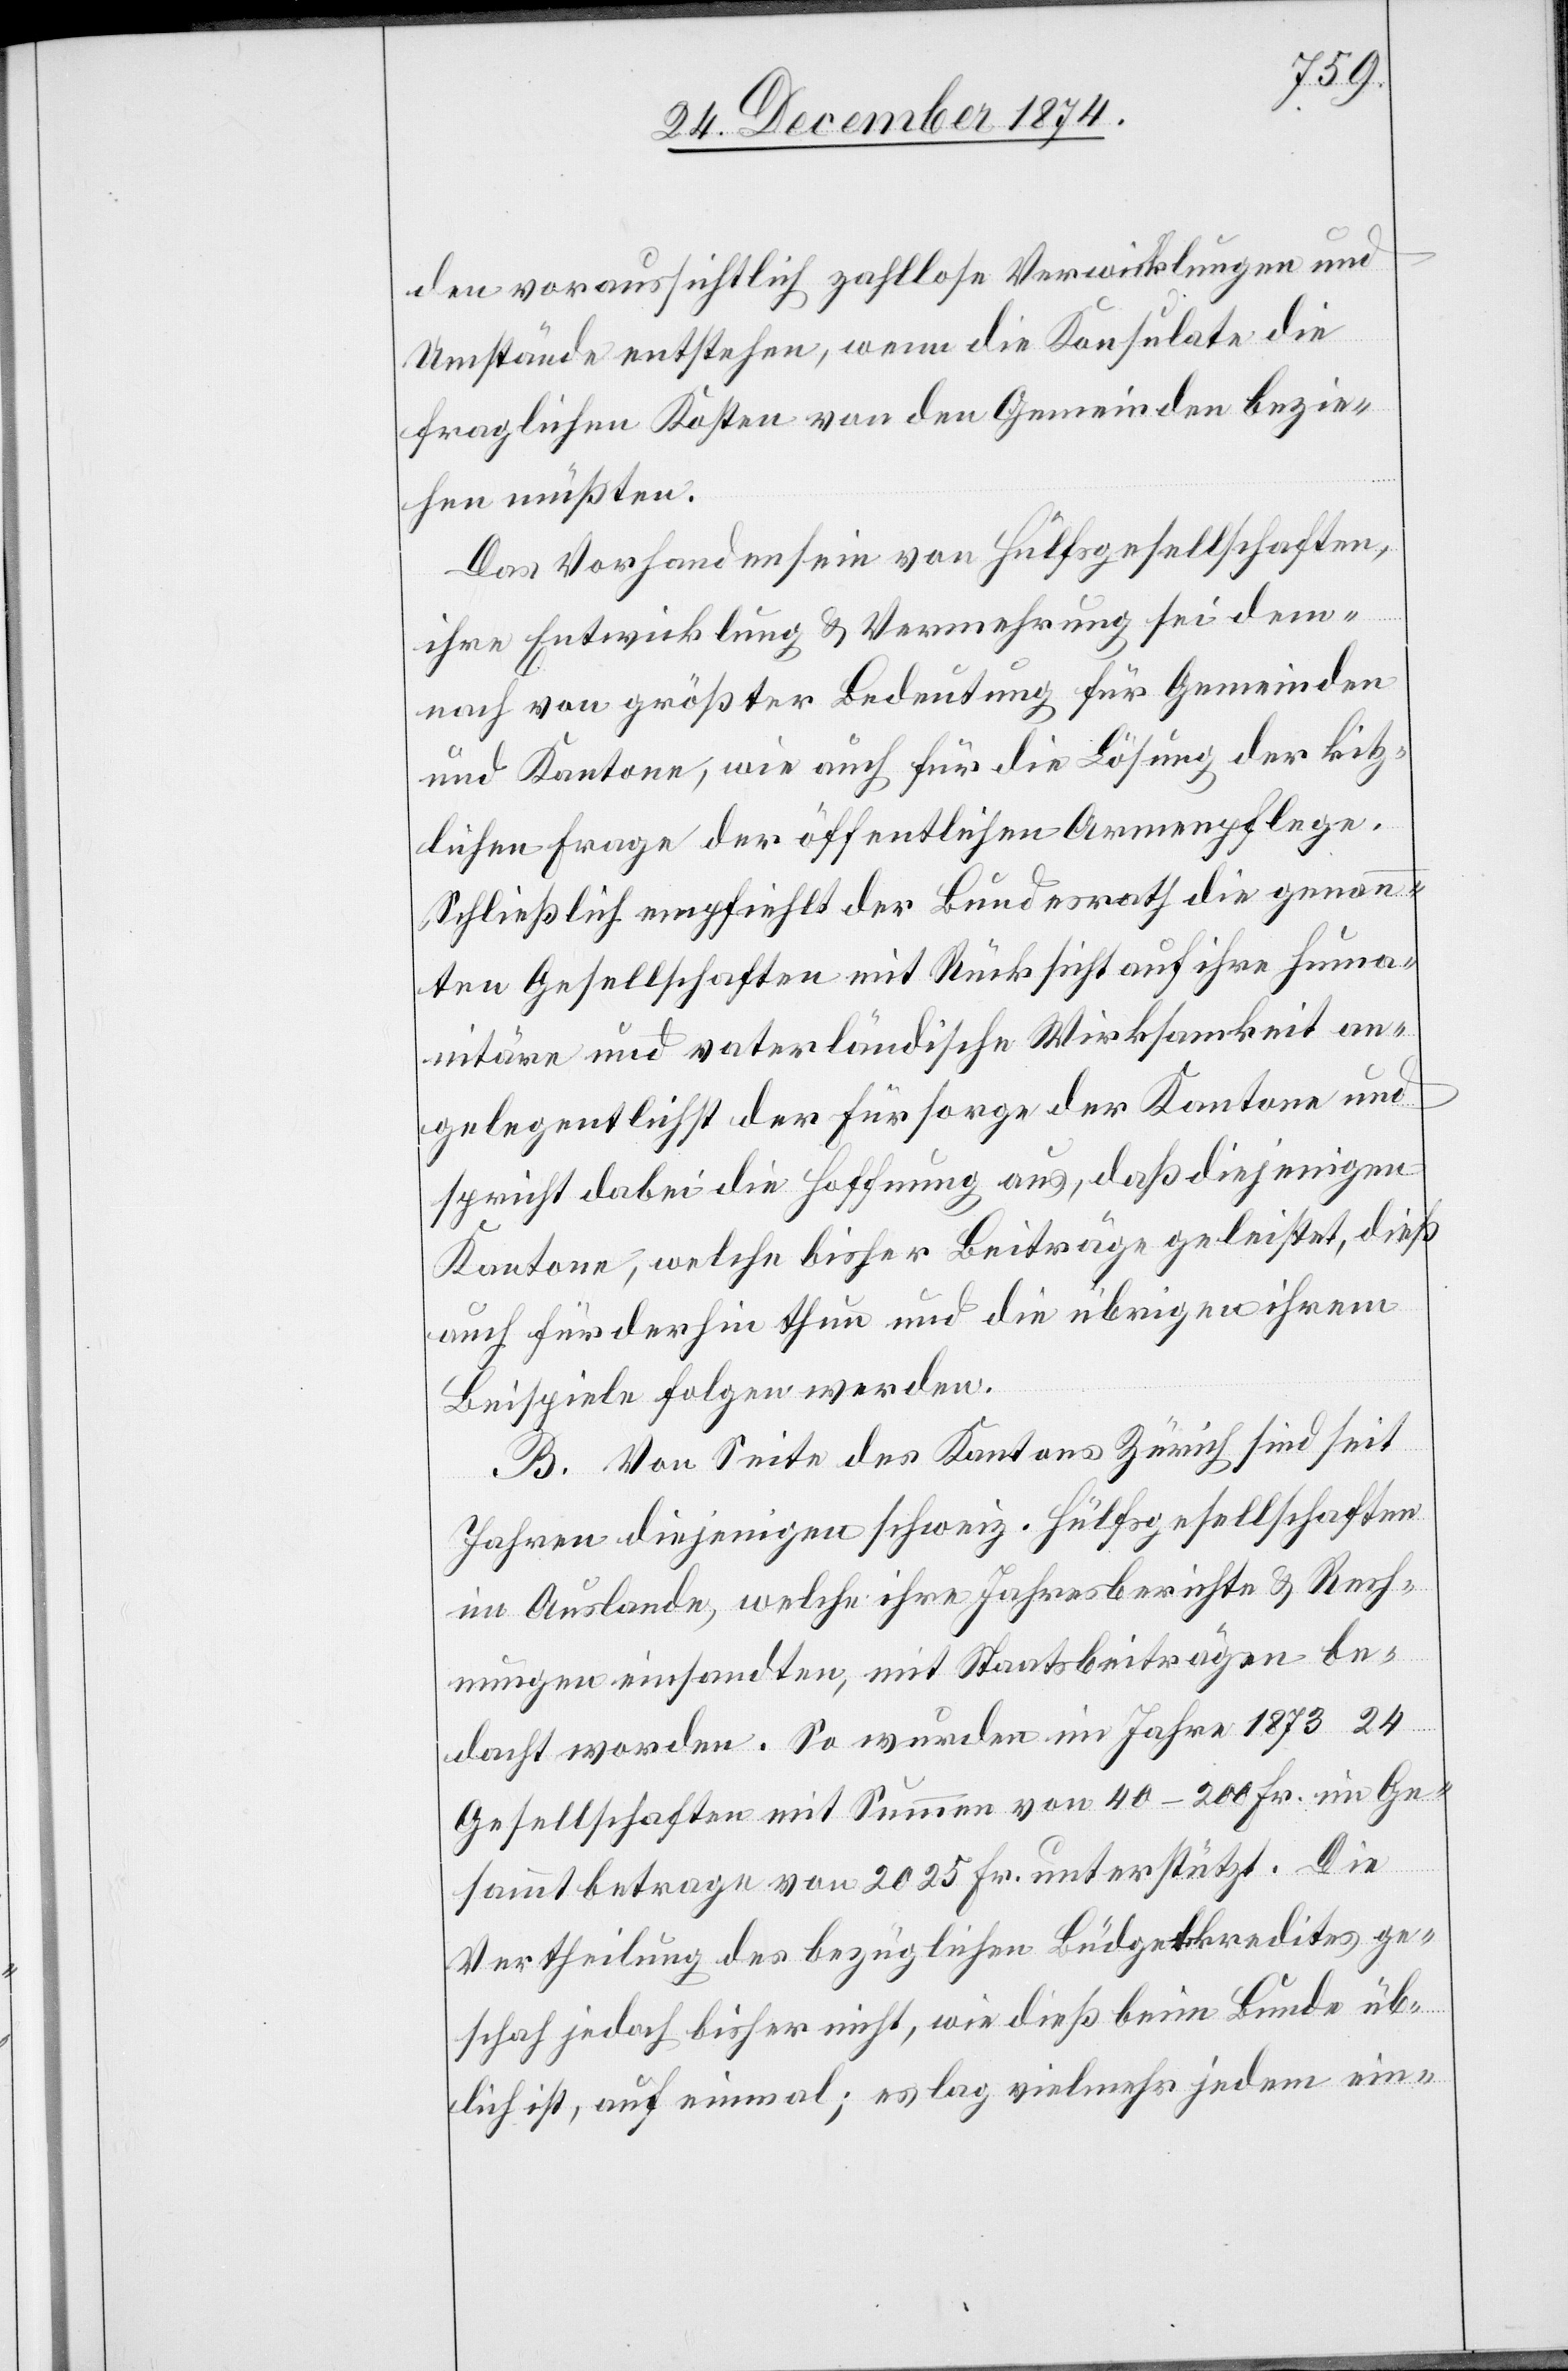
lichen
den voraussichtlich zahllose Verwicklungen und
Umstände entstehen, wenn die Konsulate die
fraglichen Kosten von den Gemeinden bezie¬
hen müßten.
Das Vorhandensein von Hülfsgesellschaften,
ihre Entwicklung & Vermehrung sei dem¬
nach von größter Bedeutung für Gemeinden
und Kantone, wie auch für die Lösung der kitz¬
[sic!] Frage der öffentlichen Armenpflege.
Schließlich empfiehlt der Bundesrath die genann¬
ten Gesellschaften mit Rücksicht auf ihre huma¬
nitäre und vaterländische Wirksamkeit an¬
gelegentlichst der Fürsorge der Kantone und
spricht dabei die Hoffnung aus, daß diejenigen
Kantone, welche bisher Beiträge geleistet, dieß
auch fürderhin thun und die übrigen ihrem
Beispiele folgen werden.
B. Von Seite des Kantons Zürich sind seit
Jahren diejenigen schweiz. Hülfsgesellschaften
im Auslande, welche ihre Jahresberichte & Rech¬
nungen einsandten, mit Staatsbeiträgen be¬
dacht worden. So wurden im Jahre 1873 24
Gesellschaften mit Summen von 40–200 Fr. im Ge¬
sammtbetrage von 2025 Fr. unterstützt. Die
Vertheilung des bezüglichen Büdgetkredites ge¬
schah jedoch bisher nicht, wie dieß beim Bunde üb¬
lich ist, auf einmal; es lag vielmehr jedem ein-